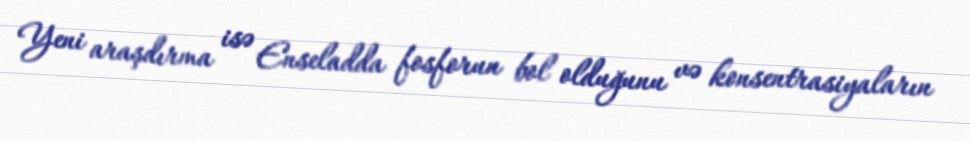
Yeni araşdırma isə Enseladda fosforun bol olduğunu və konsentrasiyaların